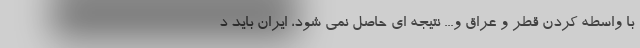
با واسطه کردن قطر و عراق و... نتیجه ای حاصل نمی شود، ایران باید د